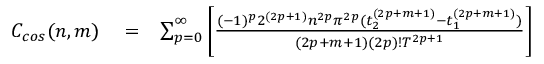
\begin{array} { r l r } { C _ { c o s } ( n , m ) } & { { } = } & { \sum _ { p = 0 } ^ { \infty } \bigg [ \frac { ( - 1 ) ^ { p } 2 ^ { ( 2 p + 1 ) } n ^ { 2 p } \pi ^ { 2 p } ( t _ { 2 } ^ { ( 2 p + m + 1 ) } - t _ { 1 } ^ { ( 2 p + m + 1 ) } ) } { ( 2 p + m + 1 ) ( 2 p ) ! T ^ { 2 p + 1 } } \bigg ] } \end{array}